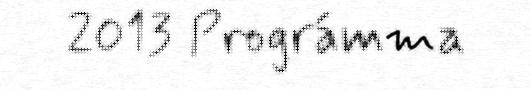
2013 Prográmma